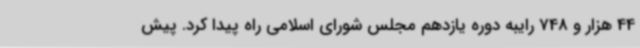
44 هزار و 748 رایبه دوره یازدهم مجلس شورای اسلامی راه پیدا کرد. پیش